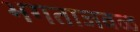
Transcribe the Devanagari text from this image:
भगताजवळ